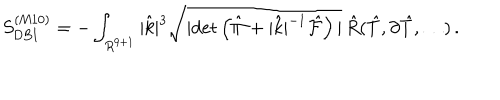
S _ { \mathrm { D B I } } ^ { ( \mathrm { M 1 0 } ) } = - \int _ { R ^ { 9 + 1 } } | { \hat { k } } | ^ { 3 } \sqrt { | \mathrm { d e t } \left( { \hat { \Pi } } + | { \hat { k } } | ^ { - 1 } { \hat { \cal F } } \right) | } \, { \hat { R } } ( { \hat { T } } , \partial { \hat { T } } , \dots ) \, .